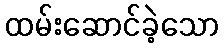
ထမ်းဆောင်ခဲ့သော